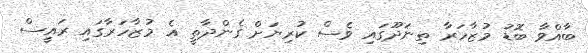
ބާއްވާ ބޮޑު މުޒާހަރާ ތިނަދޫގައި ވެސް ކުރިޔަށް ގެންދާތީ އެ މުޒާހަރާގައި ރައީސް